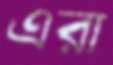
এরা